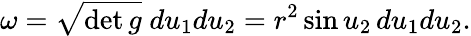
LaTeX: \omega={\sqrt{\operatorname*{det}g}}\; du_{1}du_{2}=r^{2}\sin u_{2}\, du_{1}du_{2}.